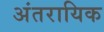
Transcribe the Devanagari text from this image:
अंतरायिक